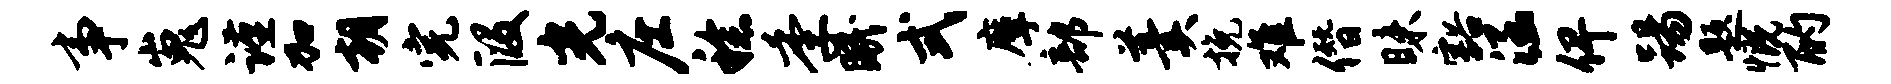
事嵬谨加朝完段光庄稔季眠式摩部羹挽难僭昧豁涵俾踢题慨酌